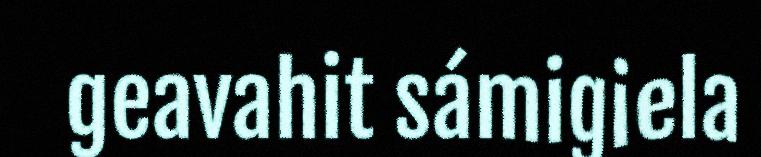
geavahit sámigiela